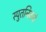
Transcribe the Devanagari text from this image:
स्पुतनिकचे